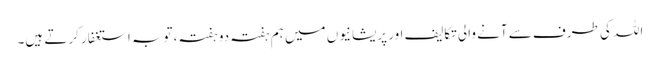
اللہ کی طرف سے آنے والی تکالیف اور پریشانیوں میں ہم ہفتہ دو ہفتہ، توبہ استغفار کرتے ہیں۔